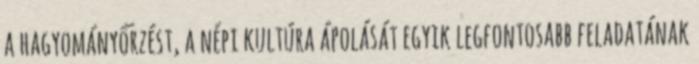
a hagyományőrzést, a népi kultúra ápolását egyik legfontosabb feladatának